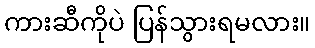
ကားဆီကိုပဲ ပြန်သွားရမလား။